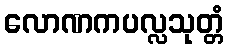
လောဏကပလ္လသုတ္တံ